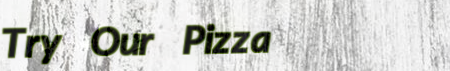
Try Our Pizza